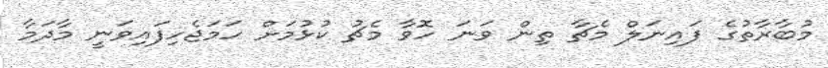
މުބާރާތުގެ ފައިނަލް މެޗާ ތިން ވަނަ ހޮވާ މެޗު ކުޅުމަށް ހަމަޖެހިފައިވަނީ މާދަމާ